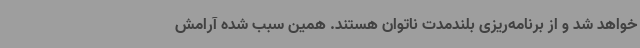
خواهد شد و از برنامه‌ریزی بلندمدت ناتوان هستند. همین سبب شده آرامش